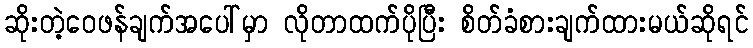
ဆိုးတဲ့ဝေဖန်ချက်အပေါ်မှာ လိုတာထက်ပိုပြီး စိတ်ခံစားချက်ထားမယ်ဆိုရင်